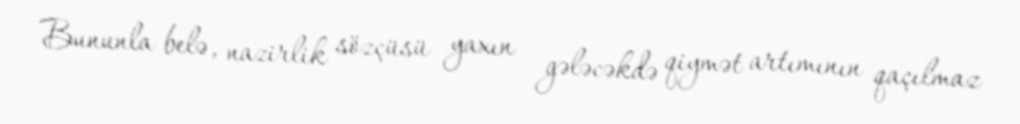
Bununla belə, nazirlik sözçüsü yaxın gələcəkdə qiymət artımının qaçılmaz